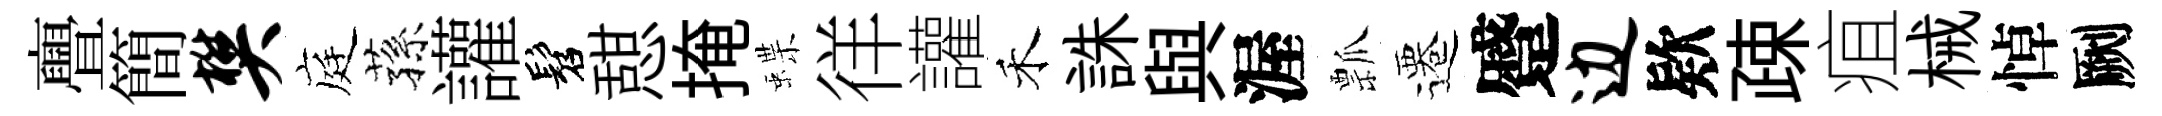
亹簡樊庭蓀讙髫憇掩蝶徉讙禾誅與渥瓢遷蹙边欵疎疽械悼劂